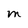
Character: m